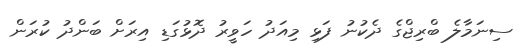
ސިނަމާލެ ބްރިޖްގެ ދެކުނު ފަޅި މިއަދު ހަވީރު ދޮޅުގަޑި އިރަށް ބަންދު ކުރަން